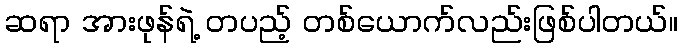
ဆရာ အားဖုန်ရဲ့ တပည့် တစ်ယောက်လည်းဖြစ်ပါတယ်။